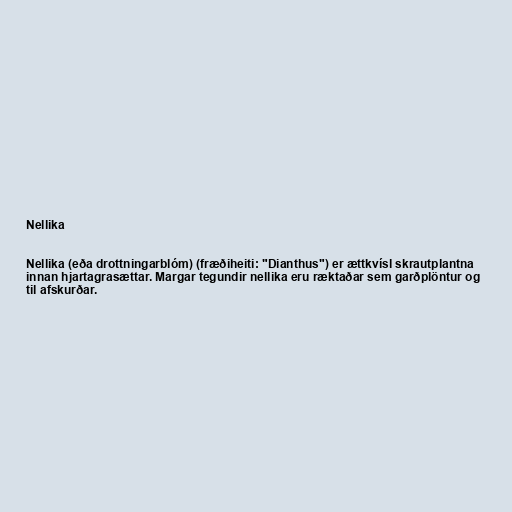
Nellika

Nellika (eða drottningarblóm) (fræðiheiti: "Dianthus") er ættkvísl skrautplantna
innan hjartagrasættar. Margar tegundir nellika eru ræktaðar sem garðplöntur og
til afskurðar.